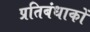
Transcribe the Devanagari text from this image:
प्रतिबंधाकों